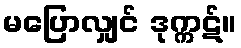
မပြောလျှင် ဒုက္ကဋ်။